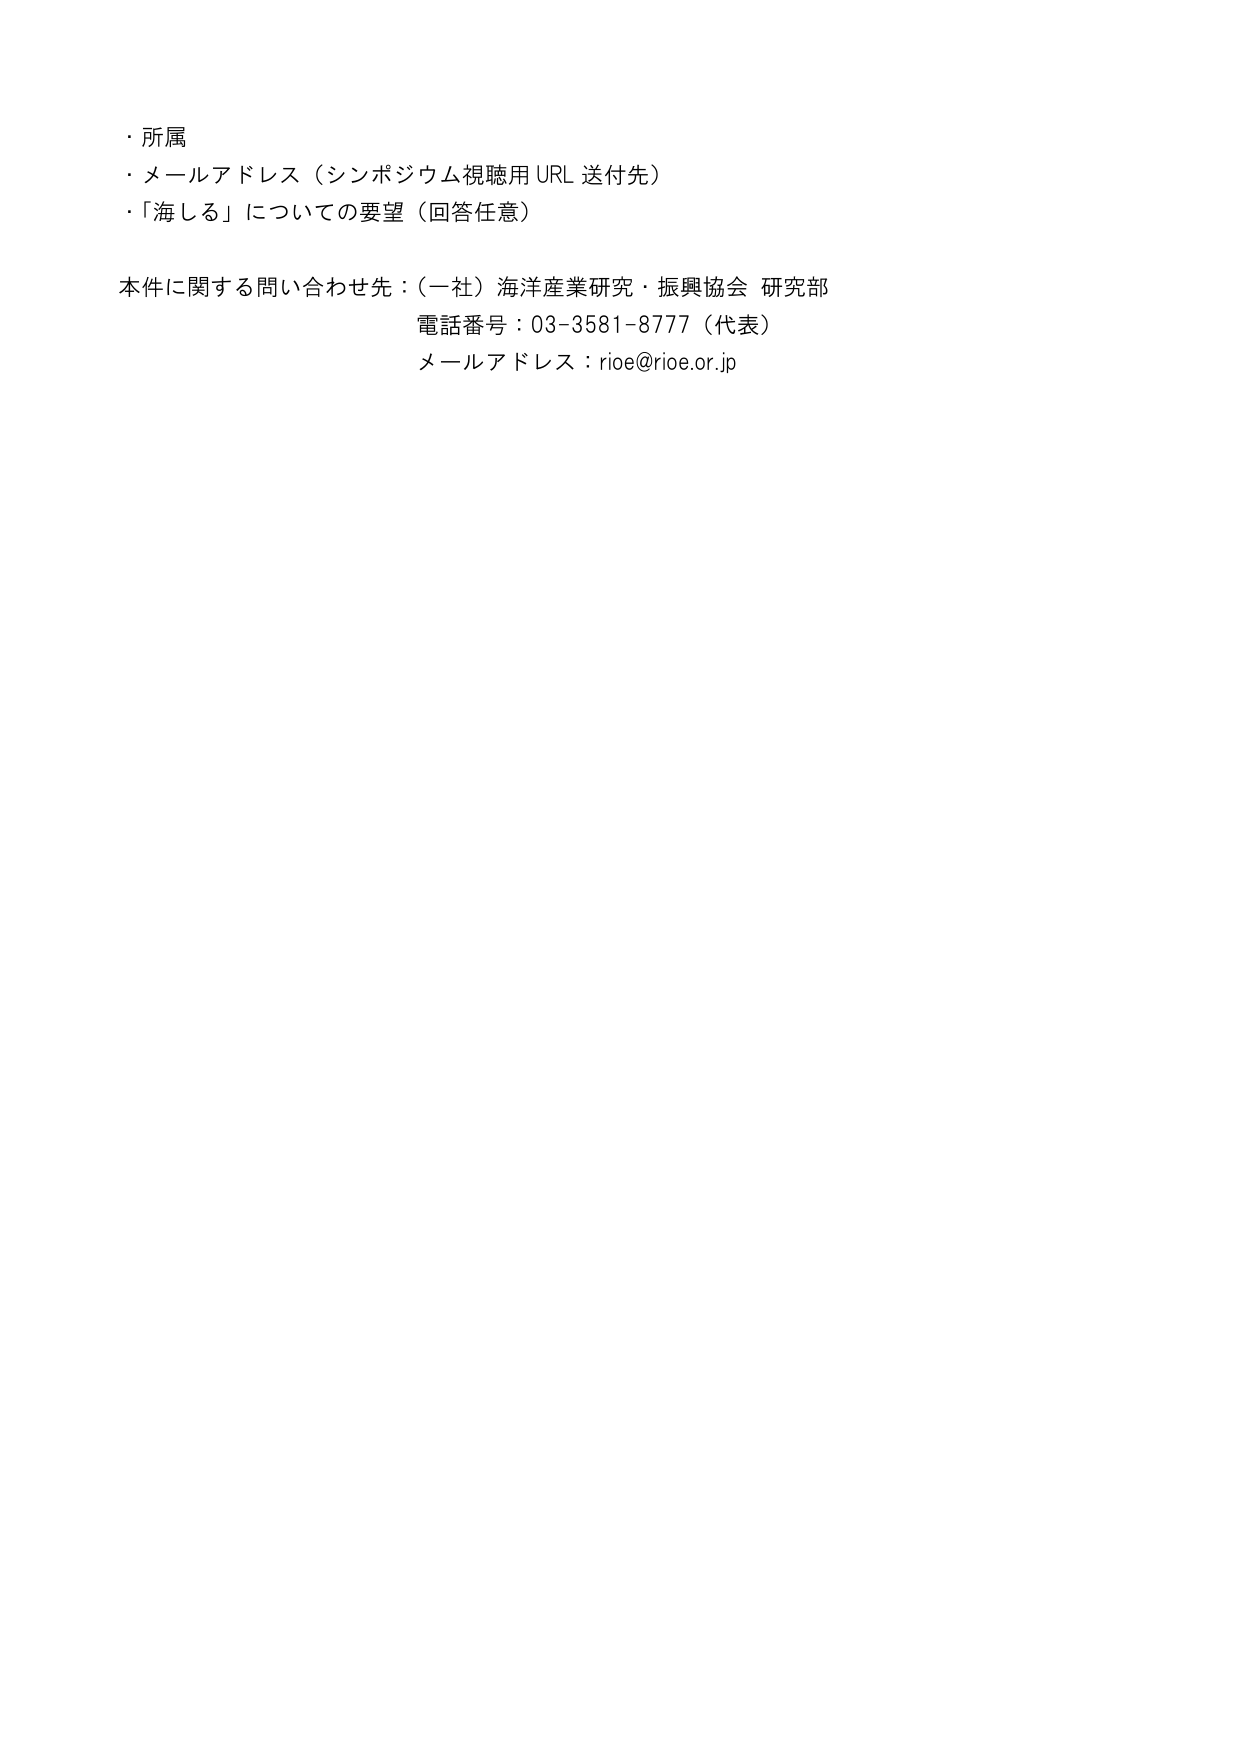
・所属
・メールアドレス（シンポジウム視聴用 URL 送付先）
・「海しる」についての要望（回答任意）

本件に関する問い合わせ先：（一社）海洋産業研究・振興協会 研究部
電話番号：03-3581-8777（代表）
メールアドレス：rioe@rioe.or.jp